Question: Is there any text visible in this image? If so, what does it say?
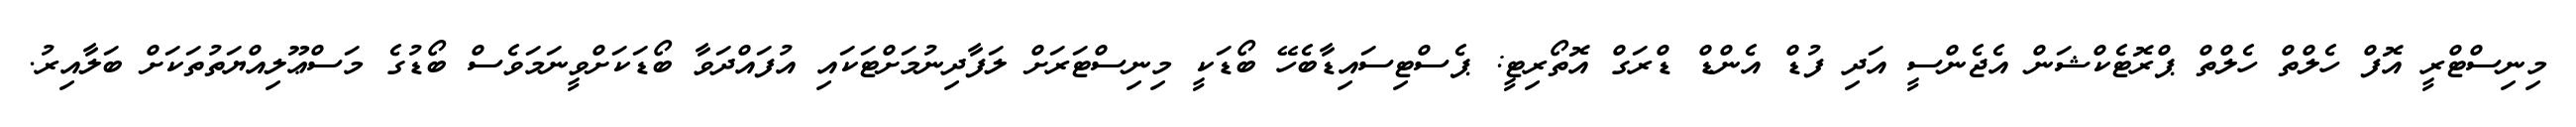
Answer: މިނިސްޓްރީ އޮފް ހެލްތް ހެލްތް ޕްރޮޓެކްޝަން އެޖެންސީ އަދި ފުޑް އެންޑް ޑްރަގް އޮތޯރިޓީ: ޕެސްޓިސައިޑާބެހޭ ބޯޑަކީ މިނިސްޓަރަށް ލަފާދިނުމަށްޓަކައި އުފައްދަވާ ބޯޑަކަށްވީނަމަވެސް ބޯޑުގެ މަސްޢޫލިއްޔަތުތަކަށް ބަލާއިރު.